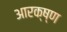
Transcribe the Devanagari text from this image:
आरक्ष्ण